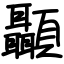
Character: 顳